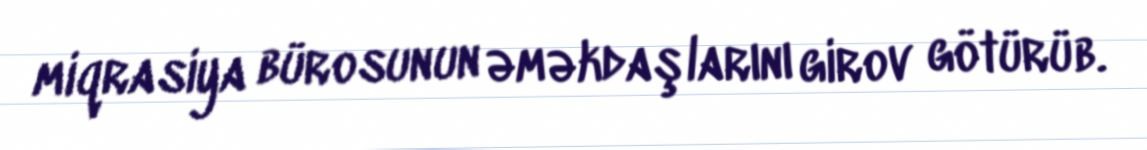
miqrasiya bürosunun əməkdaşlarını girov götürüb.